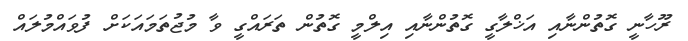
ރޫހާނީ ގޮތުންނާއި އަޚްލާގީ ގޮތުންނާއި އިލްމީ ގޮތުން ތަރައްގީ ވާ މުޖުތަމައަކަށް ފުވައްމުލައް